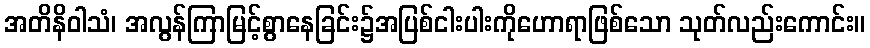
အတိနိဝါသံ၊ အလွန်ကြာမြင့်စွာနေခြင်း၌အပြစ်ငါးပါးကိုဟောရာဖြစ်သော သုတ်လည်းကောင်း။